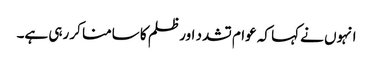
انہوں نے کہا کہ عوام تشدد اور ظلم کا سامنا کر رہی ہے۔